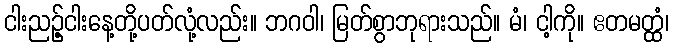
ငါးညဉ့်ငါးနေ့တို့ပတ်လုံ့လည်း။ ဘဂဝါ၊ မြတ်စွာဘုရားသည်။ မံ၊ ငါ့ကို။ ဧတမတ္ထံ၊